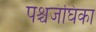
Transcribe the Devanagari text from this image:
पश्चजंघिका